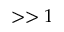
> > 1